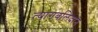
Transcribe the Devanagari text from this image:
त्यागबलिदान